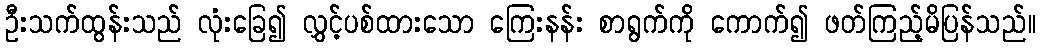
ဦးသက်ထွန်းသည် လုံးခြေ၍ လွှင့်ပစ်ထားသော ကြေးနန်း စာရွက်ကို ကောက်၍ ဖတ်ကြည့်မိပြန်သည်။